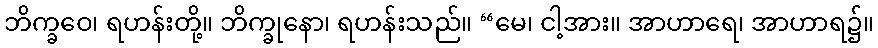
ဘိက္ခဝေ၊ ရဟန်းတို့။ ဘိက္ခုနော၊ ရဟန်းသည်။ “မေ၊ ငါ့အား။ အာဟာရေ၊ အာဟာရ၌။